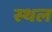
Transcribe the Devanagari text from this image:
स्थल